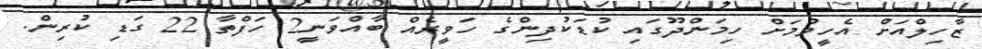
ޒާހިލްއަށް އެހީވުމަށް ހިމަންދޫގައި ކުޑަކުދިންގެ ހަވީރެއް ބާއްވަނީ2 ހަފްތާ 22 ގަޑި ކުރިން.